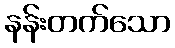
နန်းတက်သော